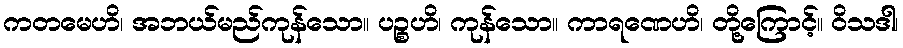
ကတမေဟိ၊ အဘယ်မည်ကုန်သော။ ပဉ္စဟိ၊ ကုန်သော။ ကာရဏေဟိ၊ တို့ကြောင့်။ ဝိသဒါ၊